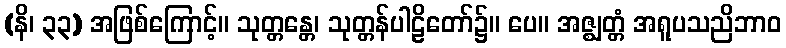
(နိ၊ ၃၃) အဖြစ်ကြောင့်။ သုတ္တန္တေ၊ သုတ္တန်ပါဠိတော်၌။ ပေ။ အဇ္ဈတ္တံ အရူပသညိဘာဝ